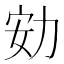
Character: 𠡓